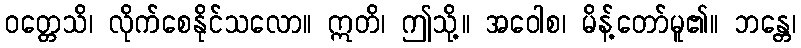
ဝတ္တေသိ၊ လိုက်စေနိုင်သလော။ ဣတိ၊ ဤသို့။ အဝေါစ၊ မိန့်တော်မူ၏။ ဘန္တေ၊